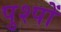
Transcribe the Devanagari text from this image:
पुश्पों